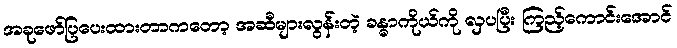
အခုဖော်ပြပေးထားတာကတော့ အဆီများလွန်းတဲ့ ခန္ဓာကိုယ်ကို လှပပြီး ကြည့်ကောင်းအောင်